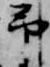
予